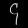
Digit: ၄